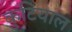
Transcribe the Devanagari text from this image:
कुटियाल